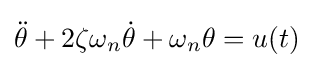
{\ddot {\theta }}+2\zeta \omega _{n}{\dot {\theta }}+\omega _{n}\theta =u(t)